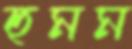
হুমম